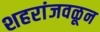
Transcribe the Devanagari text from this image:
शहरांजवळून